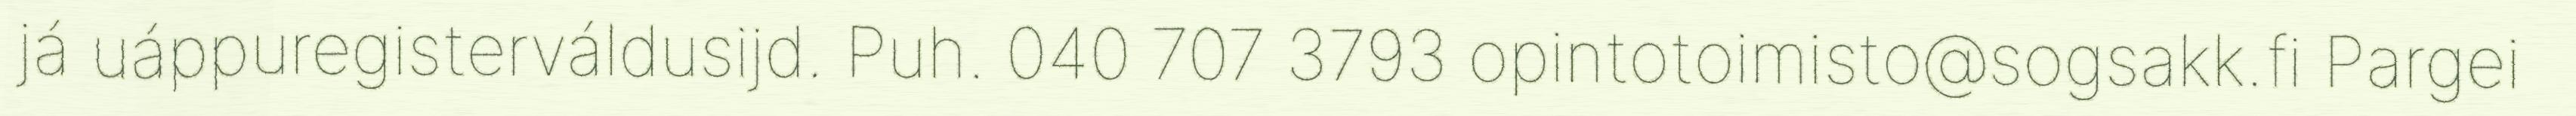
já uáppuregisterváldusijd. Puh. 040 707 3793 opintotoimisto@sogsakk.fi Pargei